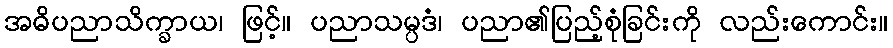
အဓိပညာသိက္ခာယ၊ ဖြင့်။ ပညာသမ္ပဒံ၊ ပညာ၏ပြည့်စုံခြင်းကို လည်းကောင်း။